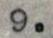
9.